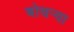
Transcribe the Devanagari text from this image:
बोचर्‍या